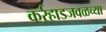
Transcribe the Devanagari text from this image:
कर्ऱ्हाडजवळच्या